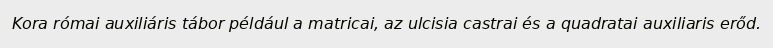
Kora római auxiliáris tábor például a matricai, az ulcisia castrai és a quadratai auxiliaris erőd.